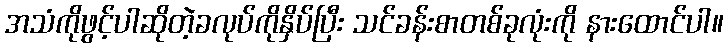
အသံကိုဖွင့်ပါဆိုတဲ့ခလုပ်ကိုနှိပ်ပြီး သင်ခန်းစာတစ်ခုလုံးကို နားထောင်ပါ။